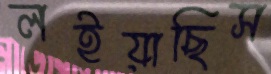
লইয়াছিস